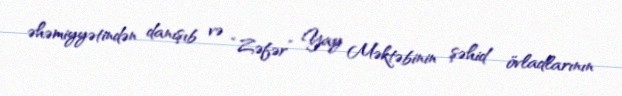
əhəmiyyətindən danışıb və “Zəfər” Yay Məktəbinin şəhid övladlarının